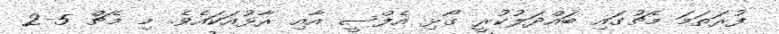
ފުރަތަމަ މެޗުގައި ބައްދަލުކުރީ ގޯޅި އެފްސީ އާއި ރާޅުއަކައެވެ. މި މެޗް 5-2